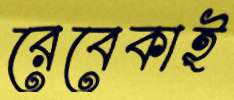
রেবেকাই